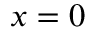
x = 0